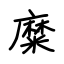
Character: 糜